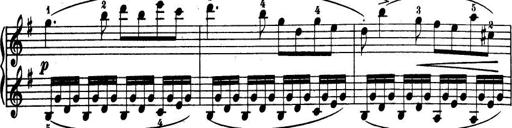
Title: 32 Sonatinas and Rondos for the Piano
Composer: Richard Kleinmichel